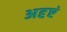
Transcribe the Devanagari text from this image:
अदृष्टं